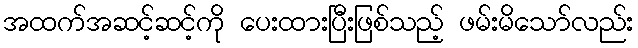
အထက်အဆင့်ဆင့်ကို ပေးထားပြီးဖြစ်သည့် ဖမ်းမိသော်လည်း